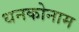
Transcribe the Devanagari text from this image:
धनकोनाम